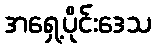
အရှေ့ပိုင်းဒေသ